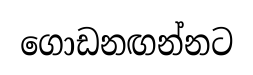
ගොඩනඟන්නට